Elephants and their diseases
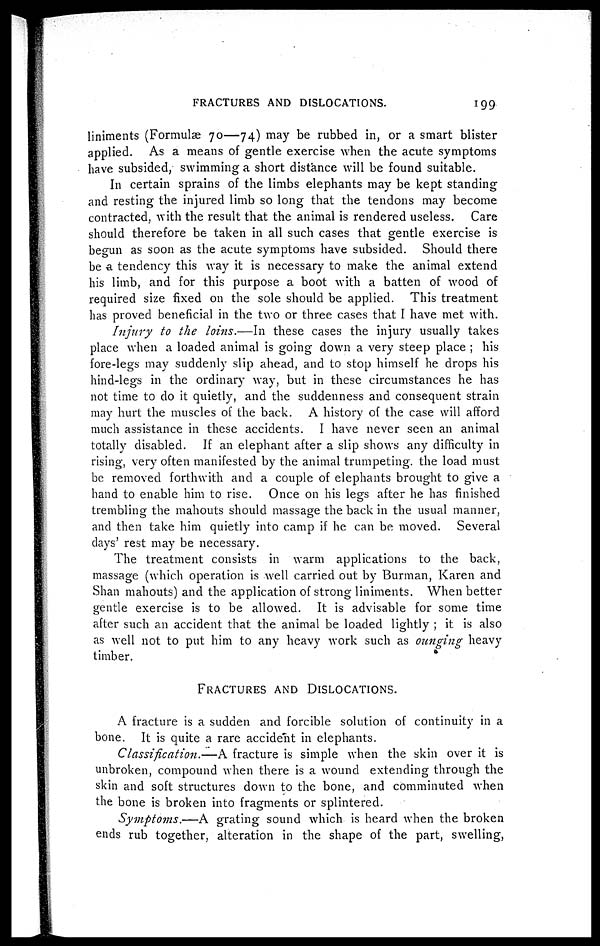
FRACTURES AND DISLOCATIONS.
199
liniments (Formulae 70—74) may be rubbed in, or a smart blister
applied. As a means of gentle exercise when the acute symptoms
have subsided, swimming a short distance will be found suitable.
In certain sprains of the limbs elephants may be kept standing
and resting the injured limb so long that the tendons may become
contracted, with the result that the animal is rendered useless. Care
should therefore be taken in all such cases that gentle exercise is
begun as soon as the acute symptoms have subsided. Should there
be a tendency this way it is necessary to make the animal extend
his limb, and for this purpose a boot with a batten of wood of
required size fixed on the sole should be applied. This treatment
has proved beneficial in the two or three cases that I have met with.
Injury to the loins.—In these cases the injury usually takes
place when a loaded animal is going down a very steep place ; his
fore-legs may suddenly slip ahead, and to stop himself he drops his
hind-legs in the ordinary way, but in these circumstances he has
not time to do it quietly, and the suddenness and consequent strain
may hurt the muscles of the back. A history of the case will afford
much assistance in these accidents. I have never seen an animal
totally disabled. If an elephant after a slip shows any difficulty in
rising, very often manifested by the animal trumpeting, the load must
be removed forthwith and a couple of elephants brought to give a
hand to enable him to rise. Once on his legs after he has finished
trembling the mahouts should massage the back in the usual manner,
and then take him quietly into camp if he can be moved. Several
days' rest may be necessary.
The treatment consists in warm applications to the back,
massage (which operation is well carried out by Burman, Karen and
Shan mahouts) and the application of strong liniments. When better
gentle exercise is to be allowed. It is advisable for some time
after such an accident that the animal be loaded lightly ; it is also
as well not to put him to any heavy work such as ounging heavy
timber.
FRACTURES AND DISLOCATIONS.
A fracture is a sudden and forcible solution of continuity in a
bone. It is quite a rare accident in elephants.
Classification.—A fracture is simple when the skin over it is
unbroken, compound when there is a wound extending through the
skin and soft structures down to the bone, and comminuted when
the bone is broken into fragments or splintered.
Symptoms.—A
grating sound which is heard when the broken
ends rub together, alteration in the shape of the part, swelling,